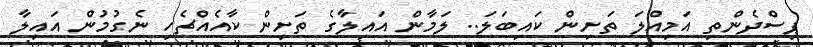
ޕިސްދެންތި އަމިއްލަ ތަށިން ކައިބަލަ.. ލަމާން އައިލާގެ ތަށިން ކާއެއްޗެހި ނެގުމުން އައިލާ